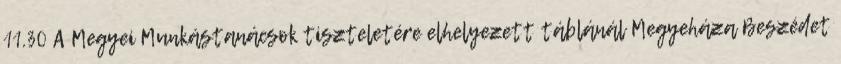
11.30 A Megyei Munkástanácsok tiszteletére elhelyezett táblánál Megyeháza Beszédet